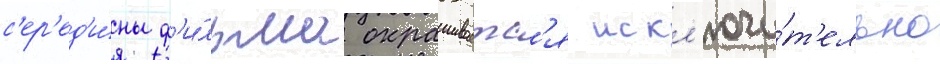
с'ер'ед'и́ны ф'и́льма окрашиваетс'я искл'ючи́т'ельно